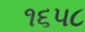
૧૬૫૮